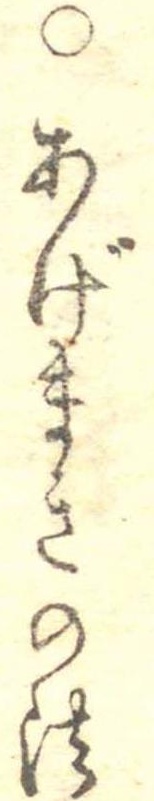
○あげまきの法